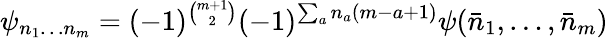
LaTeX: \psi_{n_{1}\ldots n_{m}}=(-1)^{{\binom{m+1}{2}}}(-1)^{\sum_{a}n_{a}(m-a+1)}\psi(\bar{n}_{1},\ldots,\bar{n}_{m})